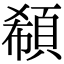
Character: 𩒽